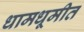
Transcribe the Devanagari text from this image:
धामधूमीत